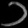
Digit: ၁